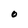
Character: 0